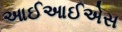
આઈઆઈએસ